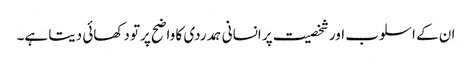
ان کے اسلوب اور شخصیت پر انسانی ہمدردی کا واضح پرتو دکھائی دیتا ہے۔